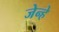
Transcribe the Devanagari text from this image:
जेन्हे